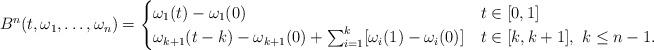
LaTeX: \begin{align*}B^n(t,\omega_1,\ldots,\omega_n) = \begin{cases}\omega_1(t) - \omega_1(0) & t \in [0,1] \\\omega_{k+1}(t-k) - \omega_{k+1}(0) + {\sum_{i=1}^k[\omega_i(1)-\omega_i(0)]} & t \in [k,k+1], \ k \leq n-1.\end{cases}\end{align*}